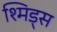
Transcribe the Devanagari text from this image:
श्मिड्स